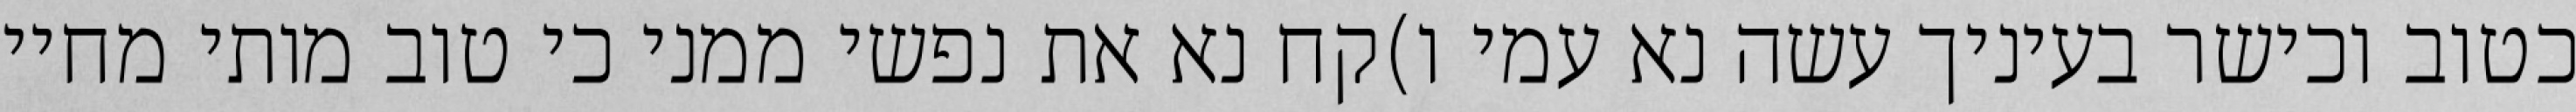
כטוב וכישר בעיניך עשה נא עמי ו)קח נא את נפשי ממני כי טוב מותי מחיי